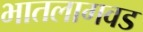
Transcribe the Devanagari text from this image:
भातलागवड